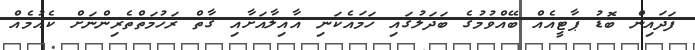
ފަދައިން ބޮޑު ޕާޓީއެއް ބޭއްވުމުގެ ބަދަލުގައި ހަމައެކަނި އާއިލާއަށާއި ގާާތް ރަހުމަތްތެރިންނަށް ކެއުމެއް